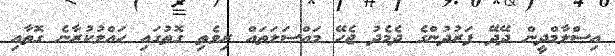
އިސްލާމްދީން ދޭދޭ ފަރުދުންގެ ދެމެދު ޖެހޭ މައްސަލަތައް ރިވެތި ގޮތުގައި ހައްލުކުރާނެ ގޮތާއި